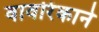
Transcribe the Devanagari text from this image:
वावरिंकाने